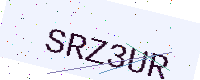
Text: SRZ3UR